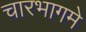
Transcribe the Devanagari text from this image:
चारभागमे